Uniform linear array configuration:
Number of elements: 8
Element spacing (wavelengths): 0.75
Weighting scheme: cosine
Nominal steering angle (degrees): -30
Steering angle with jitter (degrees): -31.253
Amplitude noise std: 0.05
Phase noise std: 0.05

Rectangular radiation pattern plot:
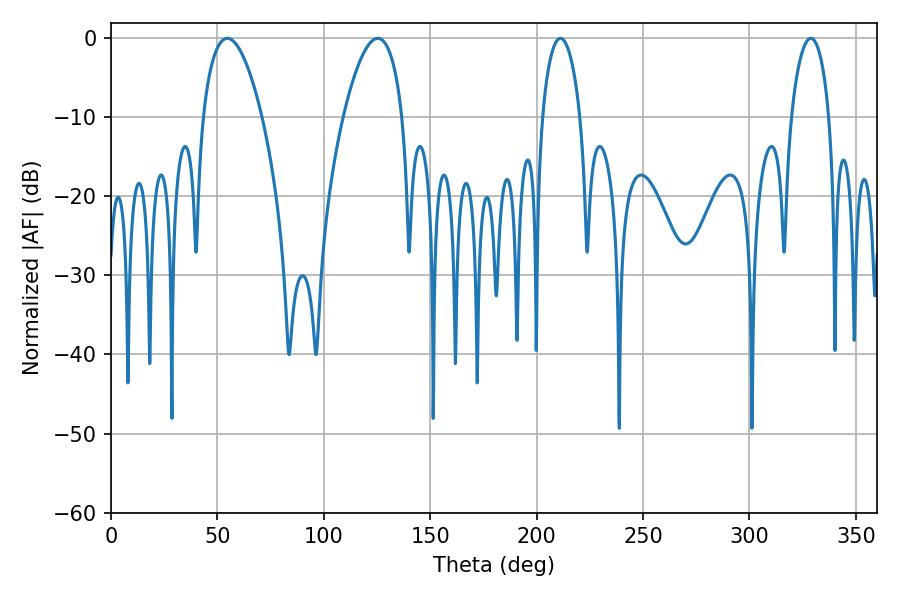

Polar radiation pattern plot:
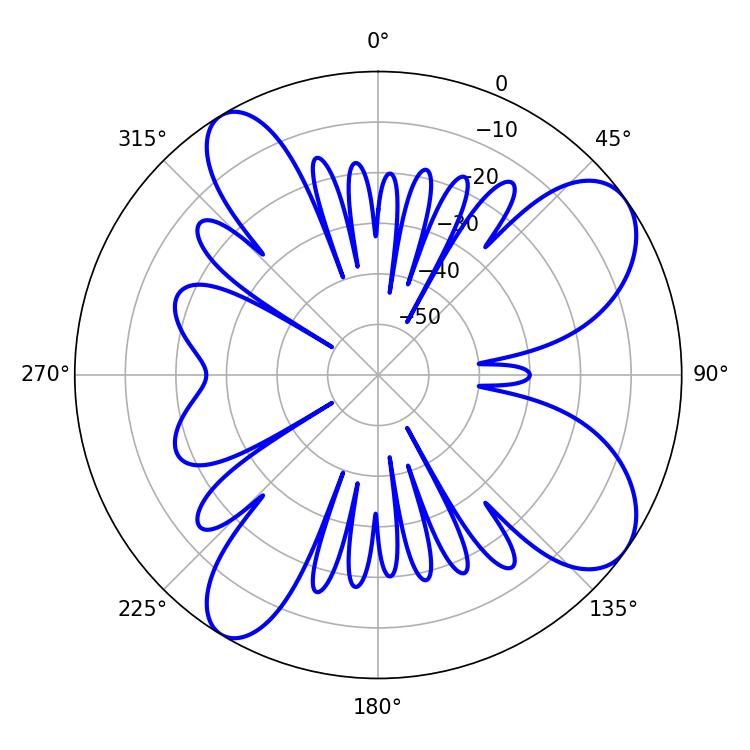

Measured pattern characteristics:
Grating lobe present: TRUE
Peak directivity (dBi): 8.758
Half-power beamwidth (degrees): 10.08
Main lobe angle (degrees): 211.14